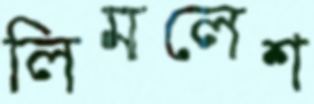
লিমলেশ